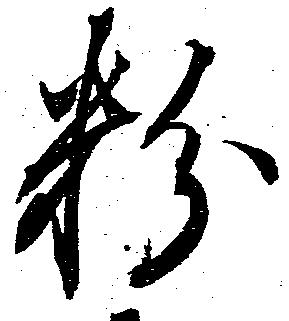
粉